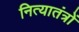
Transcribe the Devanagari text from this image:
नित्यातंत्रों